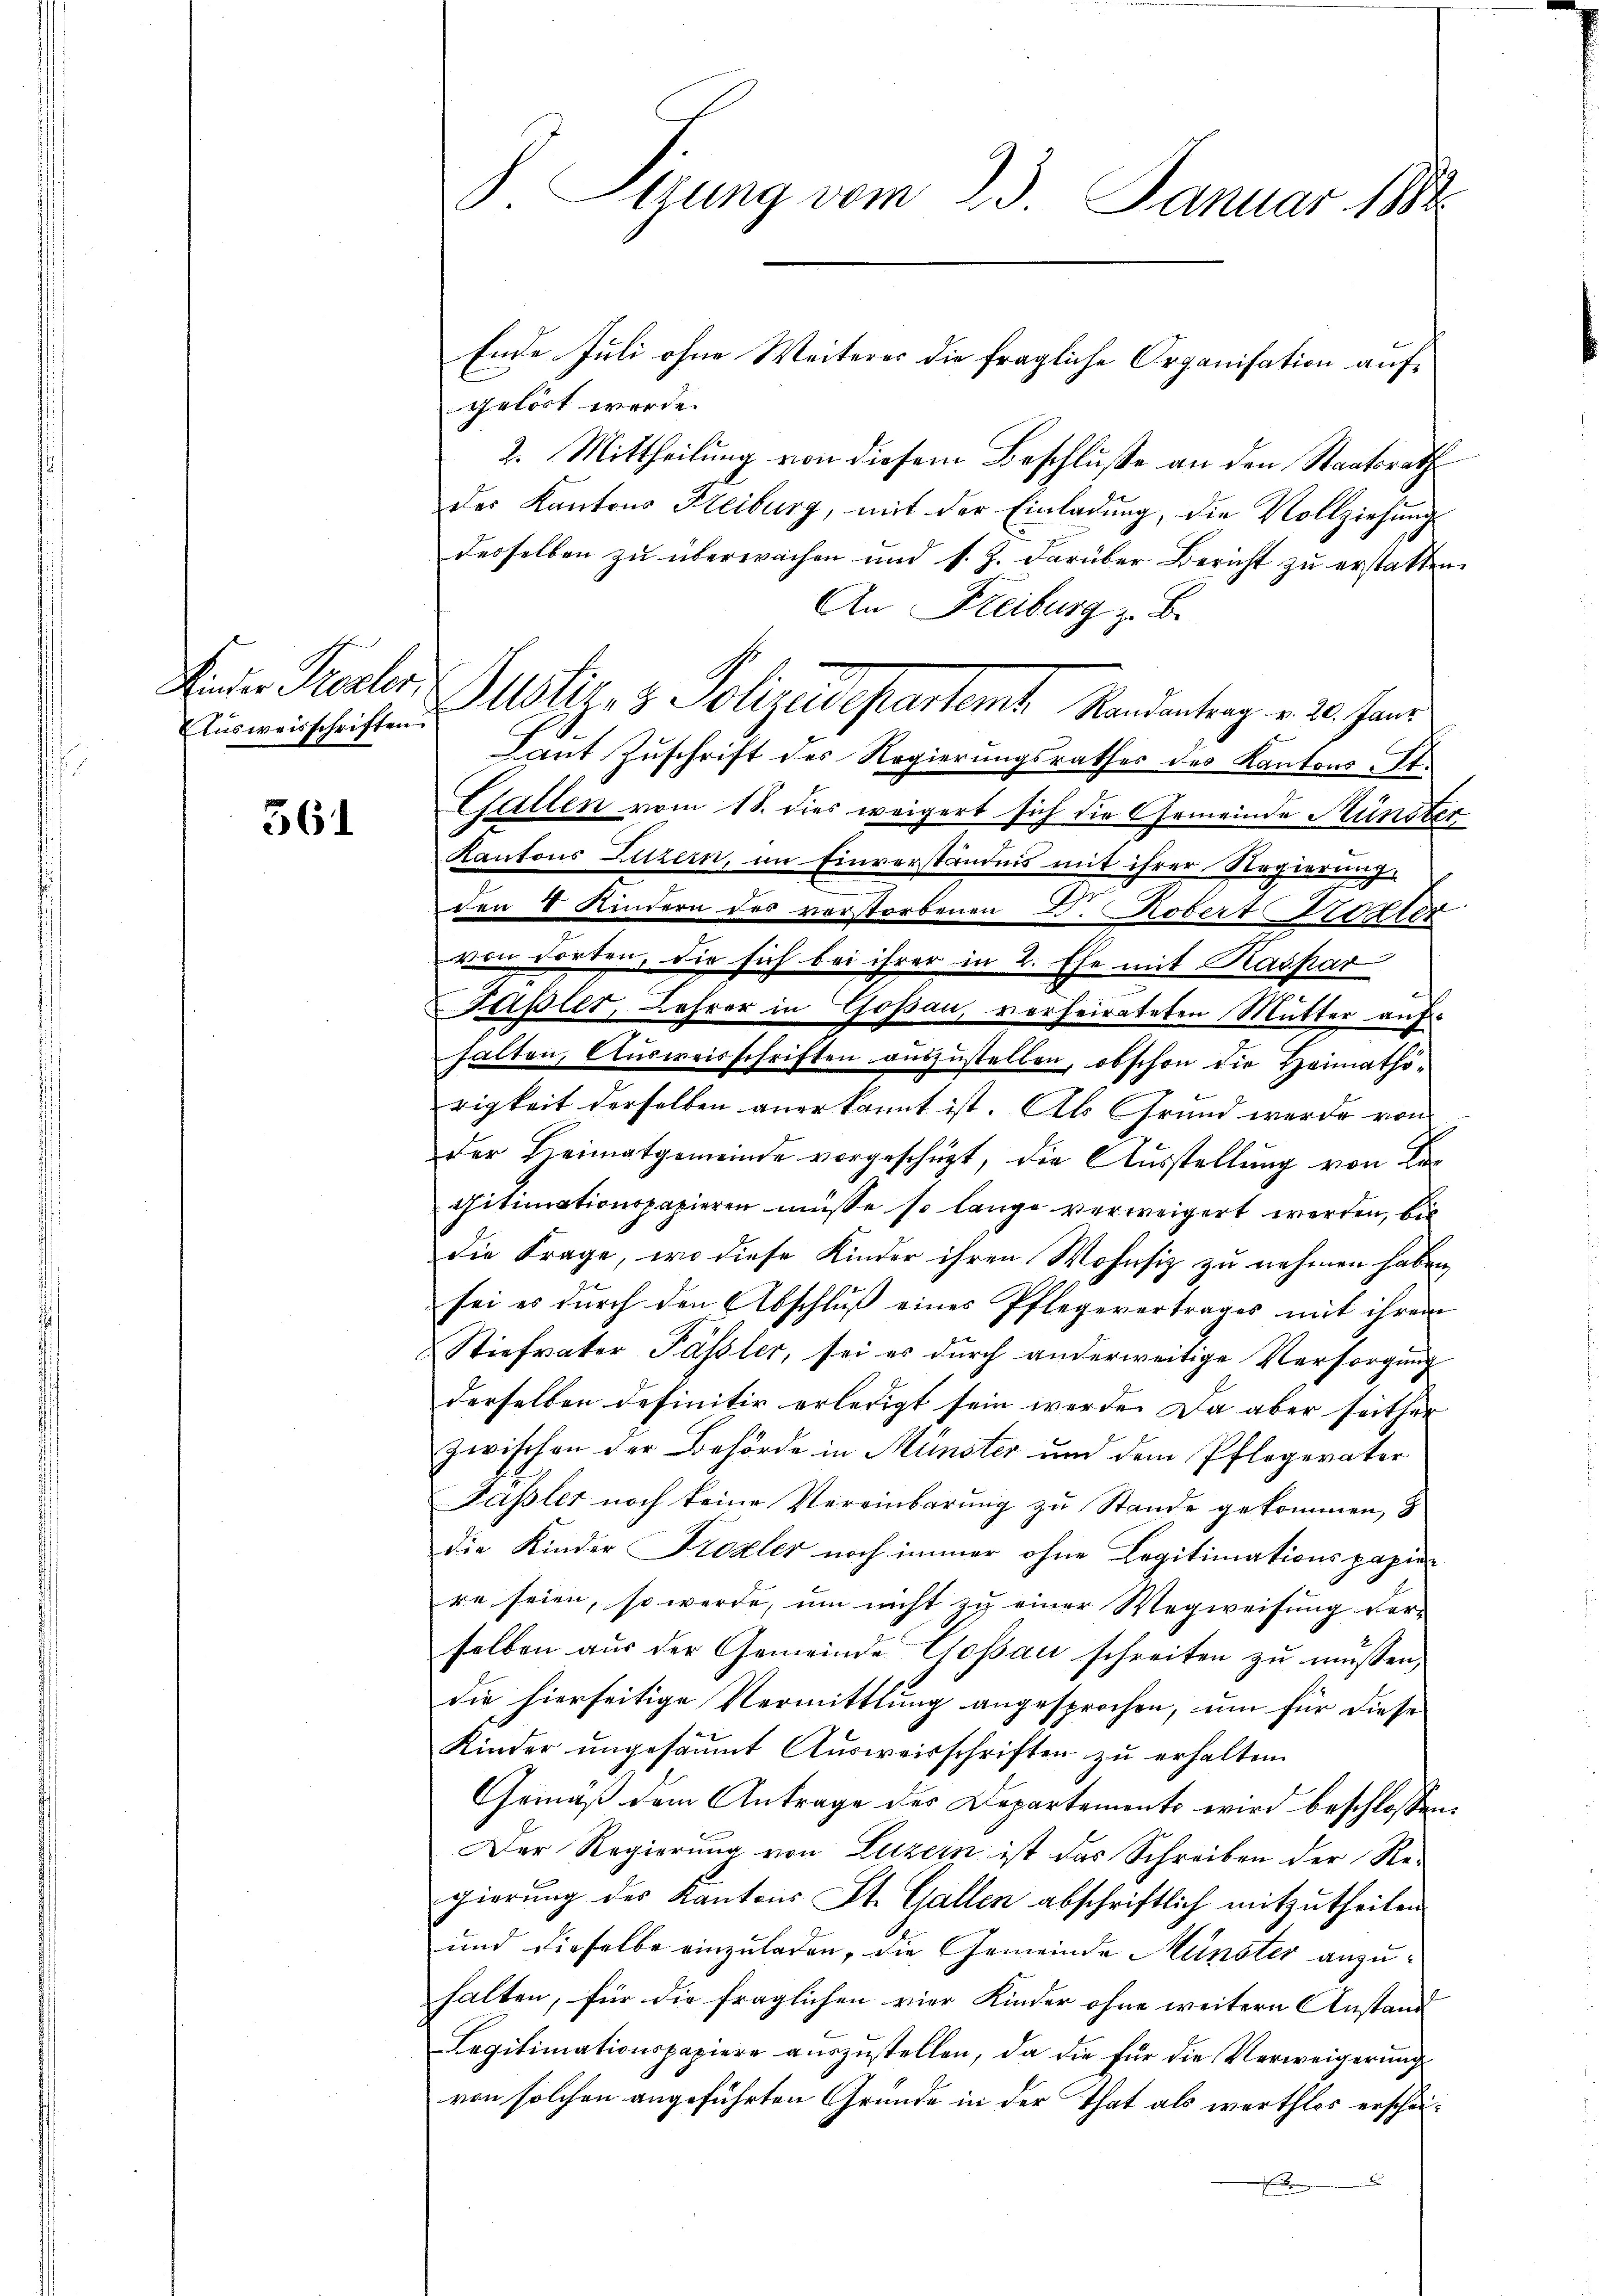
Ausweisschriften

561

Ende Juli ohne Weiteres die fragliche Organisation aufgelöst werde.
2. Mittheilung von diesem Beschluße an den Staatsrath
des Kantons Heiburg, mit der Einladung, die Vollziehung
desselben zu überwachen und s. Z. darüber Bericht zu erstatten.
An Freiburg z. B.
Laut Zuschrift des Regierungsrathes des Kantons-St.
Gallen vom 18. dies weigert sich die Gemeinde Münster
Kantons Luzern, im Einverständnis mit ihrer Regierung
den 8 Kindern des verstorbenen d. Robert Trotter
von dorten, die sich bei ihrer in 2. Ehe mit Kaspar
Fasler, Lehrer in Goßau, verheirateten Mutter auf-
halten, Ausweisschriften auszustellen, obschon die Heimathorigkeit derselben anerkannt ist. Als Grund werde von
der Heimatgemeinde vorgeschüzt, die Ausstellung von Bethitimationspapieren müsse so lange verweigert werden, bis
die Frage, wo diese Kinder ihren Wohnsiz zu nehmen haben,
sei es durch den Abschluß eines Pflegevertrages mit ihrem
Stiefvater Pässler, sei es durch anderweitige Versorgung
derselben definitiv erledigt sein werde. Da aber seither
zwischen der Behörde in Münster und dem Pflegerater
Passler noch keine Vereinbarung zu Stande gekommen,
die Kinder Kroaler noch immer ohne Legitimationspapier
re seien, so werde, um nicht zu einer Wegweisung der-
selben aus der Gemeinde Goßau schreiten zu müssen,
die hierseitige Vermittlung angesprochen, um für diese
Kinder ungesäumt Ausweisschriften zu erhalten.
Gemäß dem Antrage der Departements wird beschlossen:
Der Regierung von Luzern ist das Schreiben der Re-
gierung des Kantons St. Gallen abschriftlich mitzutheilen
und dieselbe einzuladen, die Gemeinde Münster anzuhalten, für die fraglichen vier Kinder ohne weitern Anstand
Legitimationspapiere auszustellen, da die für die Verweigerungs
von solchen angeführten Gründe in der That als werthlos erschiex
E

J Sizung vom 23. Januar 184

Rinter Rector Justiz- & Polizeidepartamt Randantrag v. 20. Jann